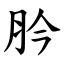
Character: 肣